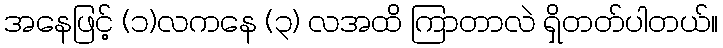
အနေဖြင့် (၁)လကနေ (၃) လအထိ ကြာတာလဲ ရှိတတ်ပါတယ်။